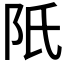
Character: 𨸝